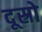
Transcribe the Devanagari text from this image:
दूस्रो